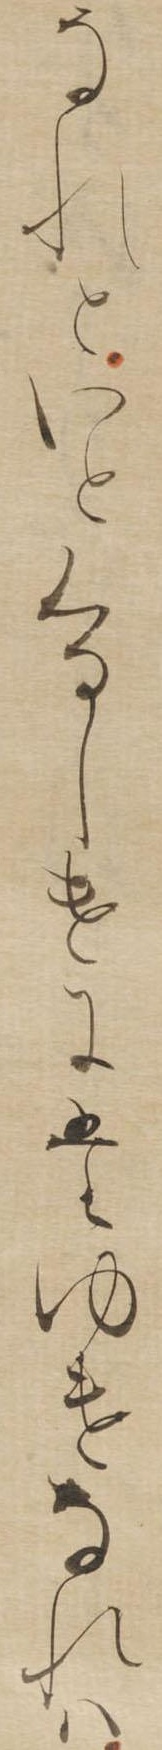
なれといとくるしけにたゆけなれは